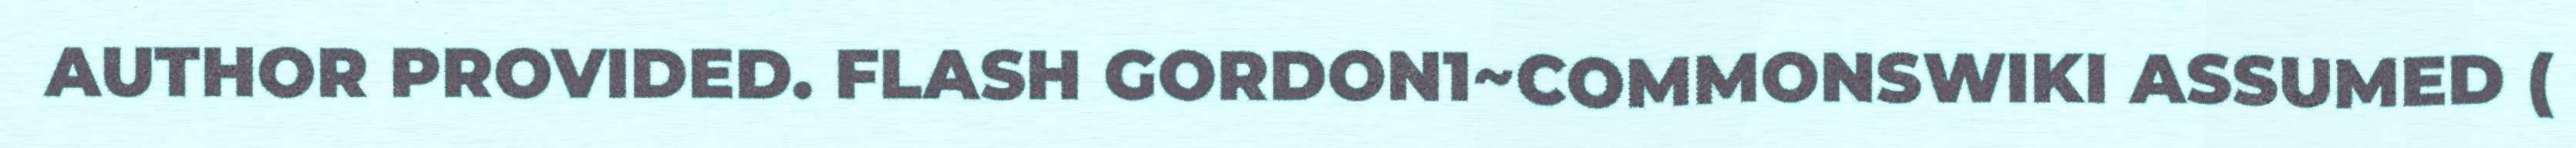
AUTHOR PROVIDED. FLASH GORDON1~COMMONSWIKI ASSUMED (